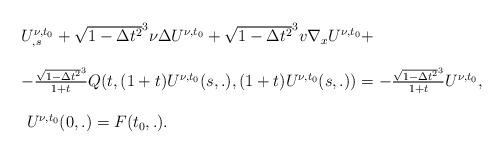
LaTeX: \begin{align*}\begin{array}{ll}U^{\nu,t_{ 0}}_{,s}+\sqrt{1-\Delta t^2}^3 \nu \Delta U^{\nu,t_{0}}+\sqrt{1-\Delta t^2}^3v\nabla_x U^{\nu,t_0}+\\\\-\frac{\sqrt{1-\Delta t^2}^3}{1+t}Q(t,(1+t )U^{\nu,t_{ 0}}(s,.),(1+t )U^{\nu,t_{ 0}}(s,.))=-\frac{\sqrt{1-\Delta t^2}^3}{1+t}U^{\nu,t_{0}},\\\\~U^{\nu,t_{0}}(0,.)=F(t_{ 0},.).\end{array}\end{align*}